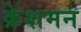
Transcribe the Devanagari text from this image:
क्रेशमन